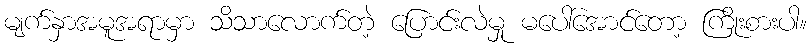
မျက်နှာအမူအရာမှာ သိသာလောက်တဲ့ ပြောင်းလဲမှု မပေါ်အောင်တော့ ကြိုးစားပါ။